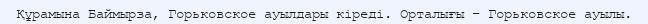
Құрамына Баймырза, Горьковское ауылдары кіреді. Орталығы – Горьковское ауылы.